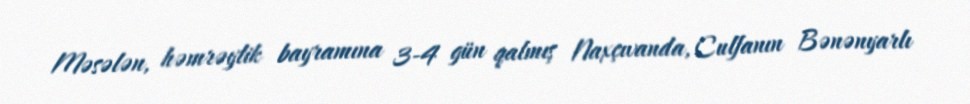
Məsələn, həmrəylik bayramına 3-4 gün qalmış Naxçıvanda, Culfanın Bənənyarlı